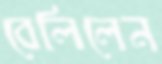
বেলিলেন